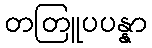
တတြူပပန္နာ